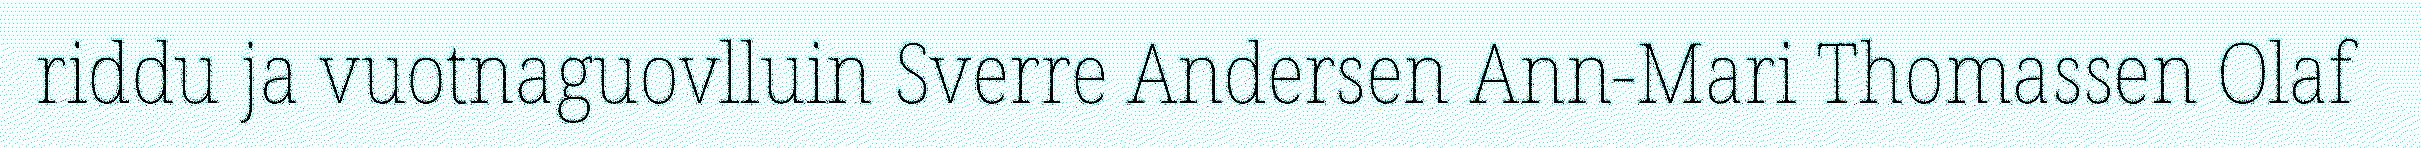
riddu ja vuotnaguovlluin Sverre Andersen Ann-Mari Thomassen Olaf